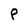
Character: P